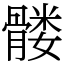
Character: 髅